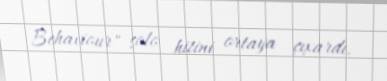
Behaviour" solo hitini ortaya çıxardı.